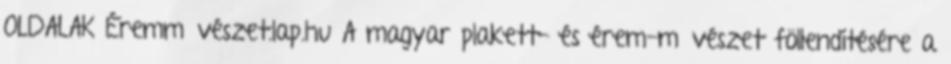
OLDALAK Éremművészet.lap.hu A magyar plakett- és érem-művészet föllendítésére a